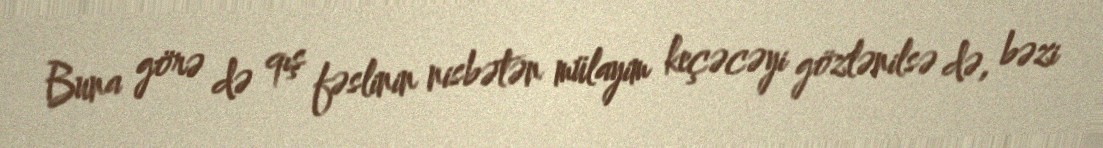
Buna görə də qış fəslinin nisbətən mülayim keçəcəyi gözlənilsə də, bəzi